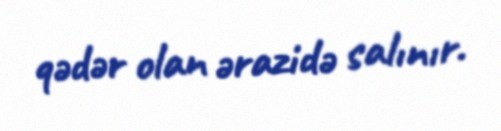
qədər olan ərazidə salınır.